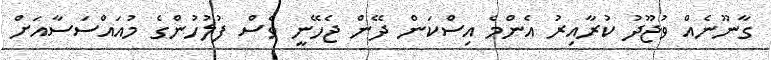
ގާނޫނެއް ވުޖޫދު ކުރާއިރު އެންމެ އިސްކަން ދޭން ޖެހޭނީ ވެސް ފުލުހުންގެ މުއައްސަސާއަށް